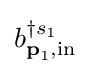
b_{{\textbf {p}}_{1},\mathrm {in} }^{\dagger s_{1}}